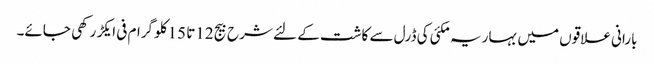
بارانی علاقوں میں بہاریہ مکئی کی ڈرل سے کاشت کے لئے شرح بیج 12تا 15کلو گرام فی ایکڑ رکھی جائے۔